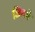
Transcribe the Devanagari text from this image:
जिगमे